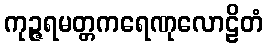
ကုဉ္ဇရမတ္တကရေဏုလောဠိတံ